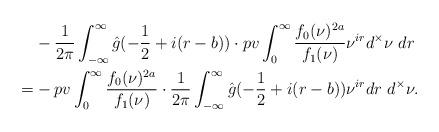
LaTeX: \begin{align*}&-\frac{1}{2\pi}\int_{-\infty}^\infty \hat{g}(-\frac12+i(r-b))\cdot pv\int_0^\infty \frac{f_0(\nu)^{2a}}{f_1(\nu)}\nu^{ir}d^\times\nu\ dr\\=&-pv\int_0^\infty \frac{f_0(\nu)^{2a}}{f_1(\nu)}\cdot \frac{1}{2\pi}\int_{-\infty}^\infty \hat{g}(-\frac12+i(r-b))\nu^{ir}dr \ d^\times\nu.\end{align*}